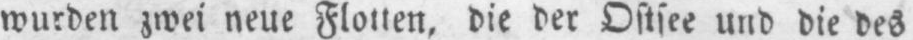
wurden zwei neue Flotten, die der Ostsee und die des